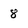
Character: 8